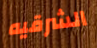
الشرقيه